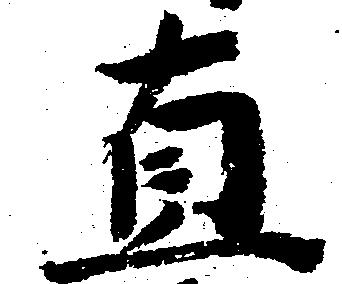
直